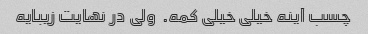
چسب آینه خیلی خیلی کمه.  ولی در نهایت زیبایه